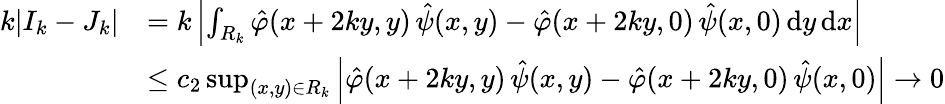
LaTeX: \begin{array}{rl}{k|I_{k}-J_{k}|}&{=k\left|\int_{R_{k}}\hat{\varphi}(x+2ky,y)\, \hat{\psi}(x,y)-\hat{\varphi}(x+2ky,0)\, \hat{\psi}(x,0)\, \mathrm{d}y\, \mathrm{d}x\right|}\\ &{\leq c_{2}\operatorname*{sup}_{(x,y)\in R_{k}}\left|\hat{\varphi}(x+2ky,y)\, \hat{\psi}(x,y)-\hat{\varphi}(x+2ky,0)\, \hat{\psi}(x,0)\right|\to 0}\end{array}